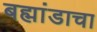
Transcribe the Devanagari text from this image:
बह्मांडाचा